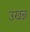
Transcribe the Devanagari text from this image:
उखन्न